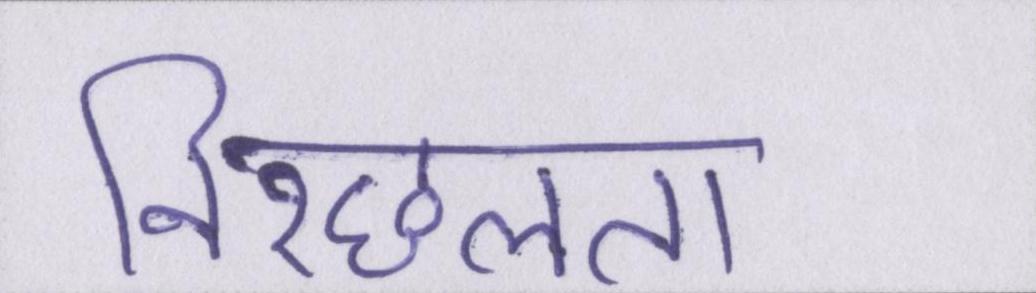
निश्छलता